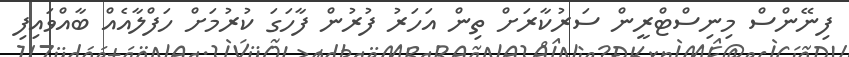
ފިނޭންސް މިނިސްޓްރީން ސަރުކާރަށް ތިން އަހަރު ފުރުން ފާހަގަ ކުރުމަށް ހަފްލާއެއް ބާއްވައިފި